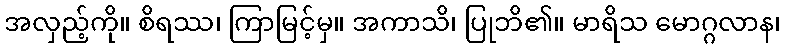
အလှည့်ကို။ စိရဿ၊ ကြာမြင့်မှ။ အကာသိ၊ ပြုဘိ၏။ မာရိသ မောဂ္ဂလာန၊